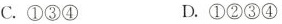
C.①③④ D.①②③④